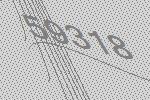
59318